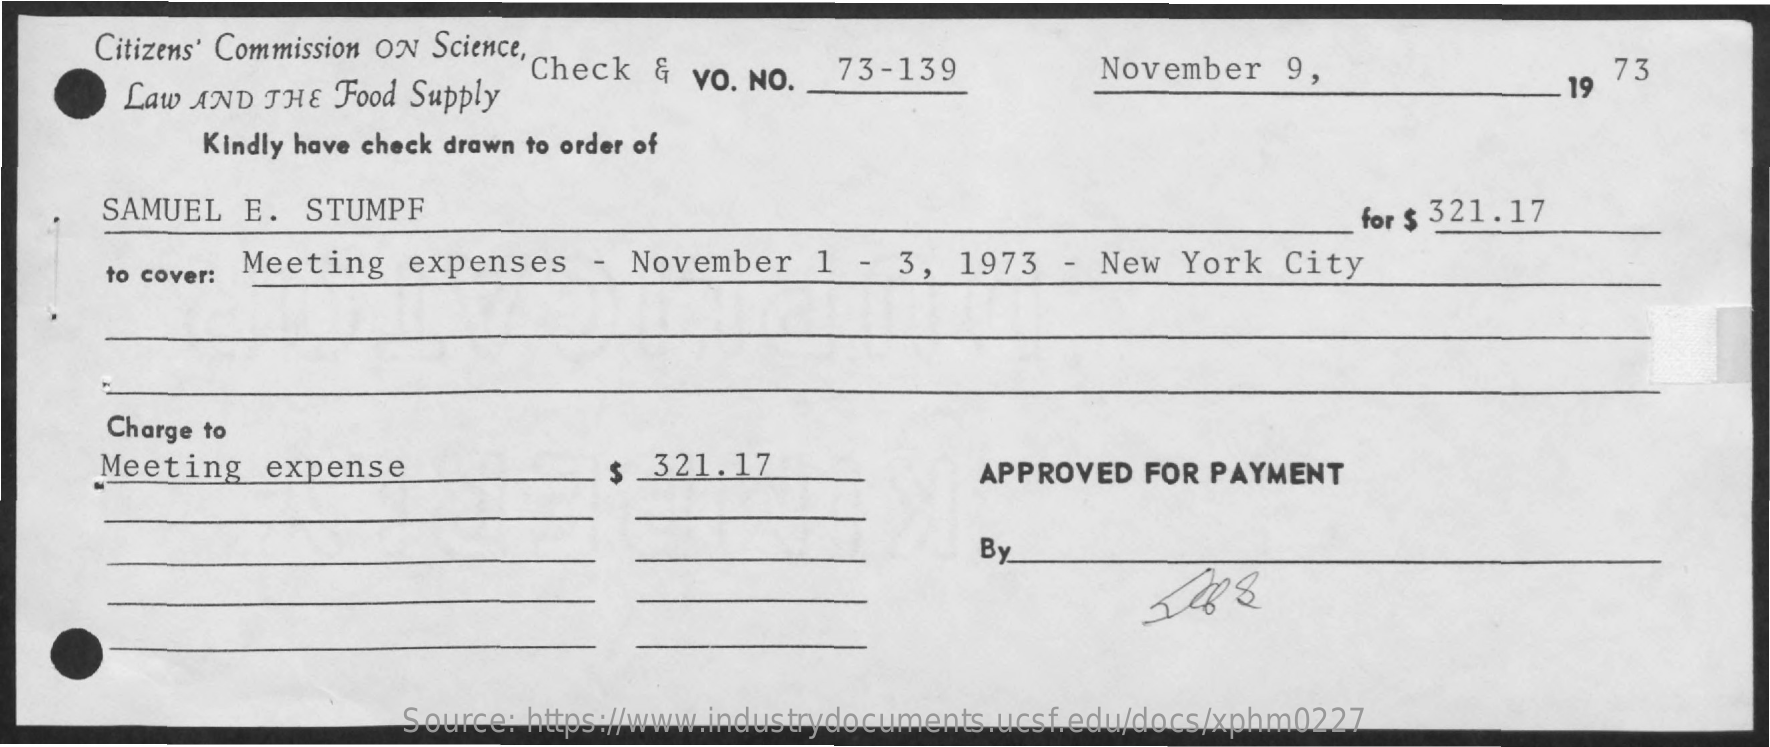
Citizens' Commission ON Science,
     Law AND THE  Food Supply
     Check  & vo. NO.   73-139    November   9,
     19
     73
     Kindly have check drawn to order of
     SAMUEL  E.  STUMPF    for $ 321.17
     to cover:
     Meeting   expenses   -  November   1  - 3,  1973  - New   York  City
     Charge to
     Meeting   expense    $ 321.17    APPROVED  FOR PAYMENT
     By
     Source: https://www.industrydocuments.ucsf.edu/docs/xphm0227